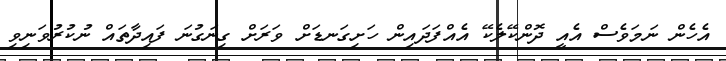
އެހެން ނަމަވެސް އެއީ ދޮންކޭލެކޭ އެއްފަދައިން ހަށިގަނޑަށް ވަރަށް ގިނަގުނަ ފައިދާތައް ނުކުރުވަނިވި